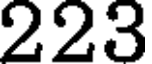
223